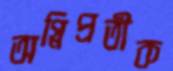
অগ্নিপ্রতীক